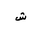
Letter: _shin